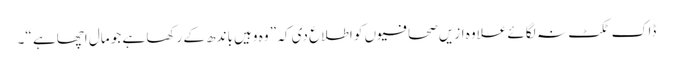
ڈاک ٹکٹ نہ لگائے علاوہ ازیں صحافیوں کو اطلاع دی کہ ” وہ وہیں باندھ کے رکھا ہے جو مال اچھاہے “۔